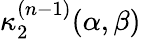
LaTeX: \kappa_{2}^{(n-1)}(\alpha,\beta)